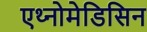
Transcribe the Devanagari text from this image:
एथ्नोमेडिसिन